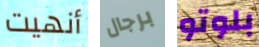
أنهيت برجال بلوتو